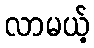
လာမယ့်